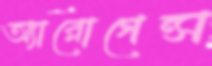
অ্যারোগেন্স